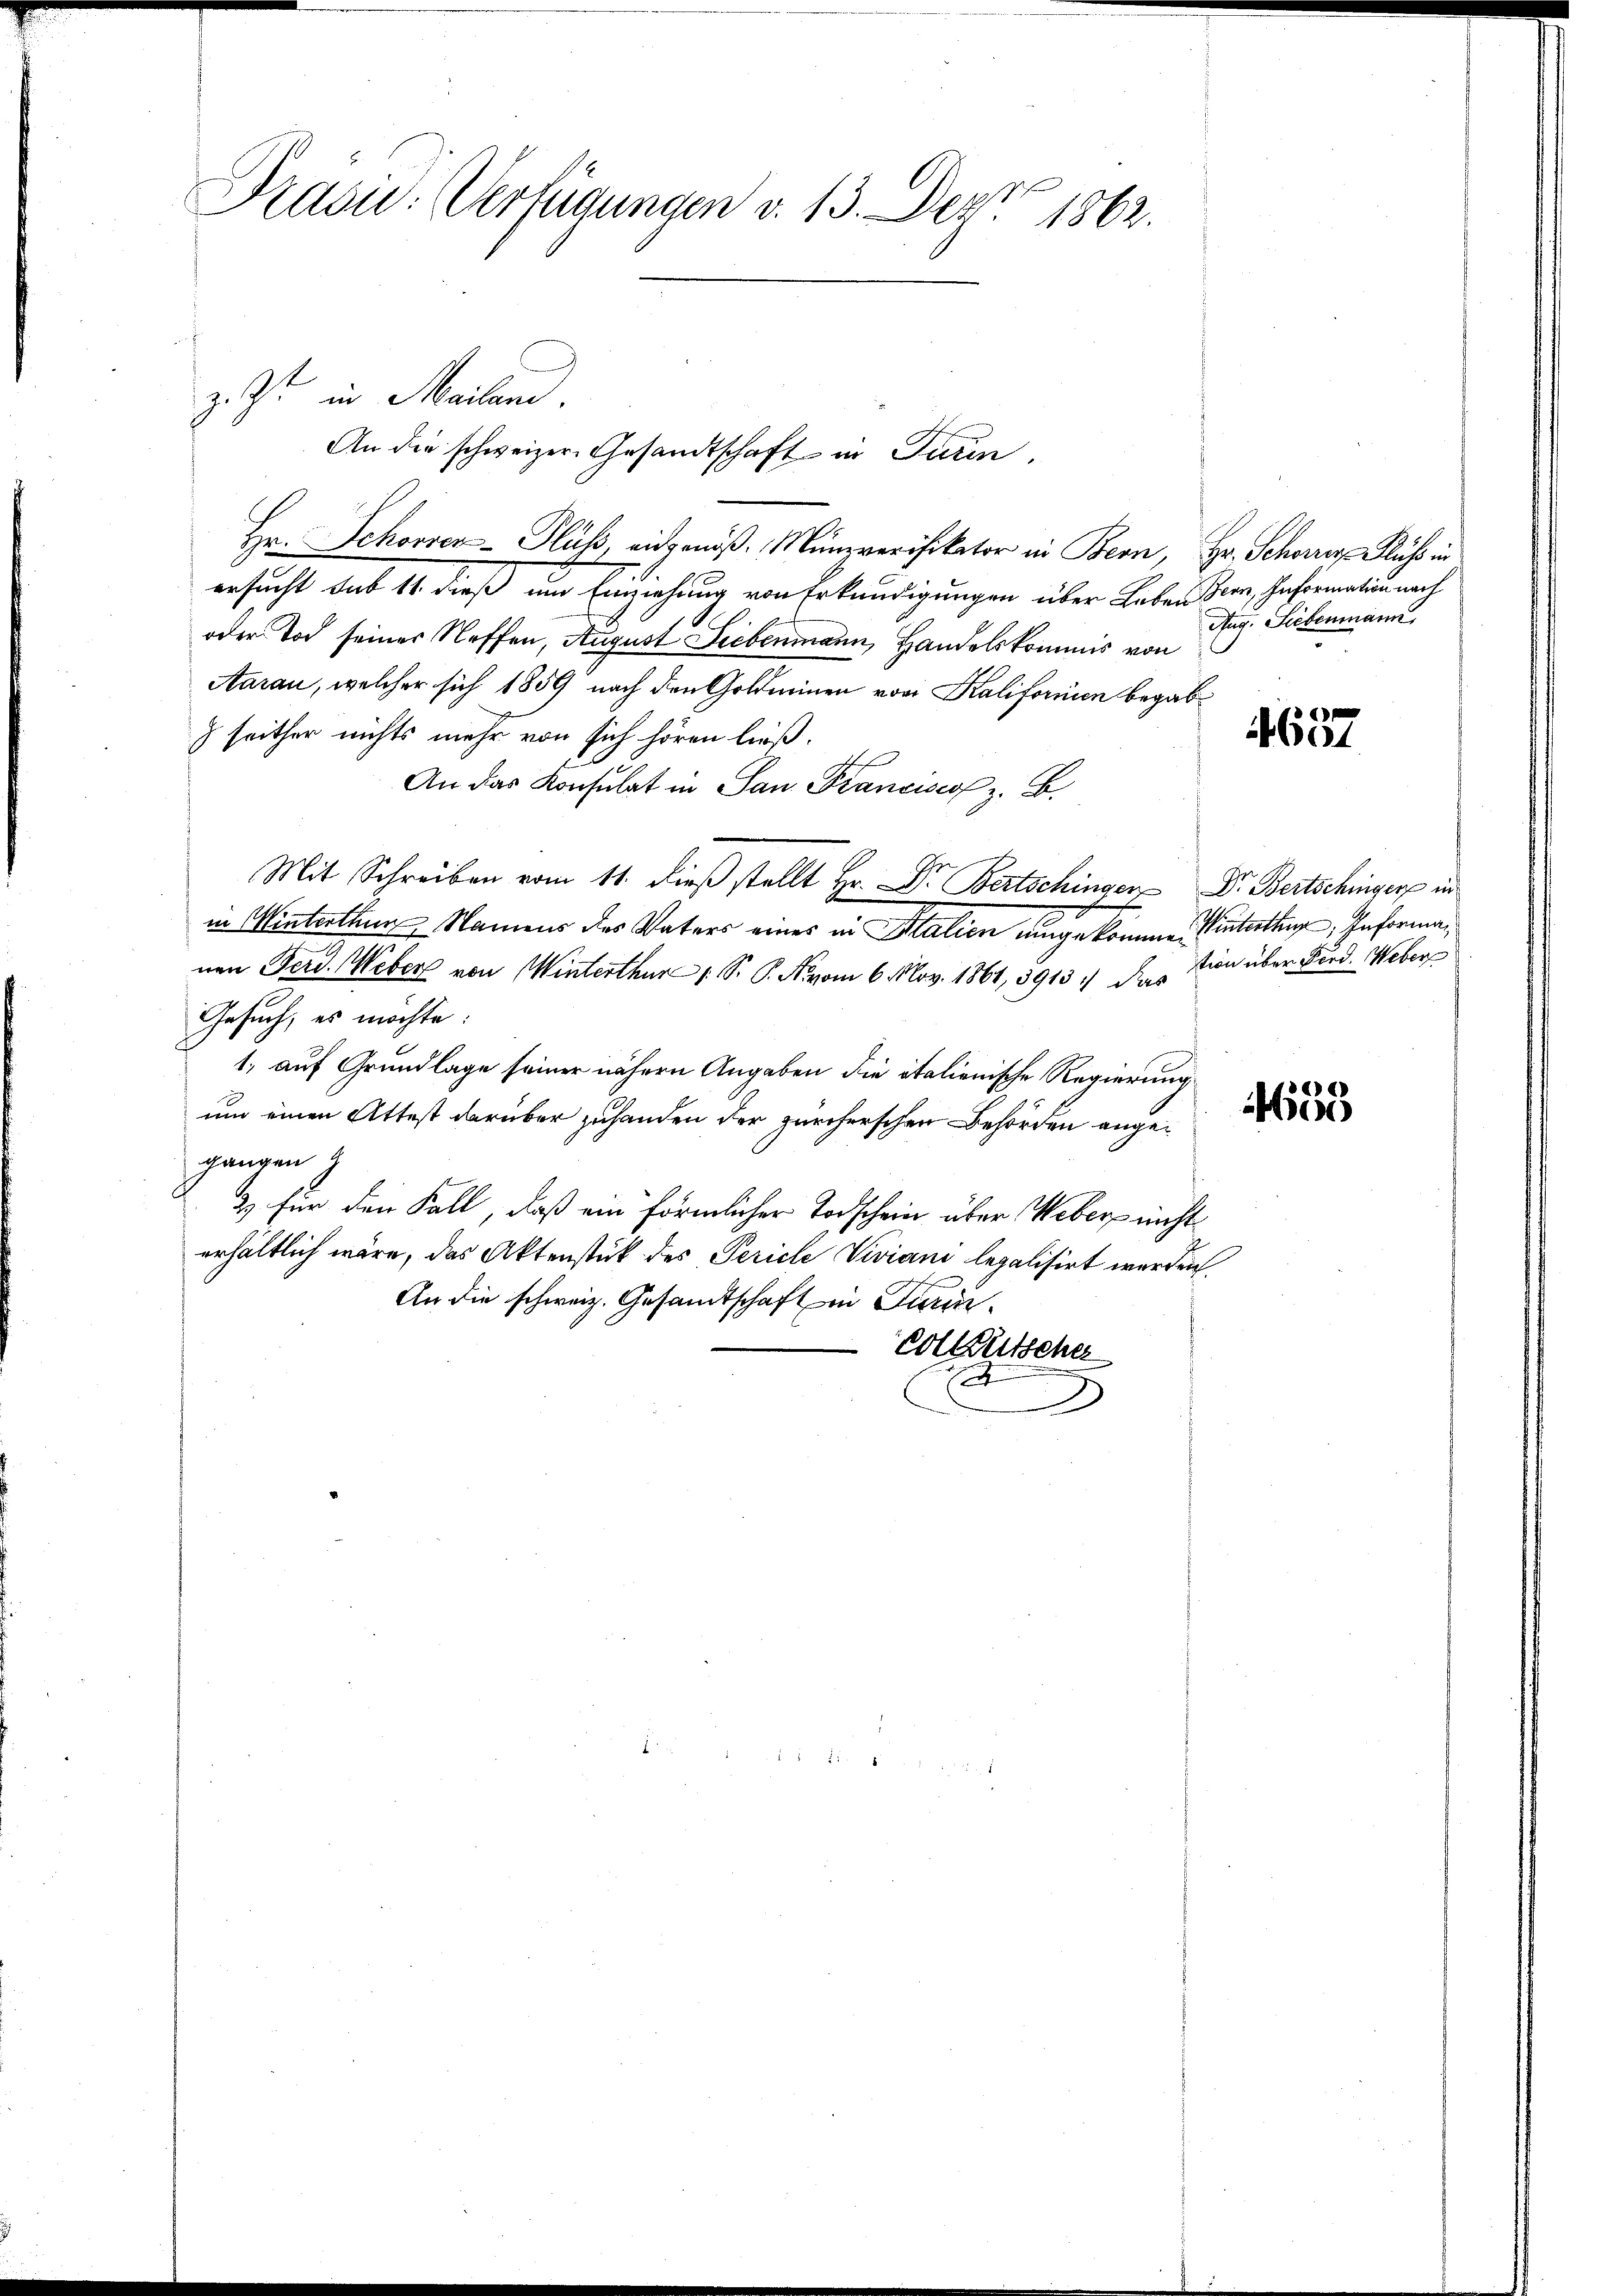
Präsid.: Verfügungen v. 13. Dez. 1862.

z. Ist in Mailan.
Hr. Schosser-Fluss, eidgenöß. Münzverifikator in Bern, Hr. Schönes Fluss in
ersucht sub 11 dieß um Einziehung von Erkundigungen über Leben Bern, Information nach
oder Tod seiner Neffen, August Liebenmann, Handelskommis von
Aarau, welcher sich 1859 nach den Goldminen von Kalifornien begabseither nichts mehr von sich hören ließ.
An das Konsulat in San Francisco z. B.
Mit Schreiben vom 11. dieβ stellt Hr. Dr. Bertschinger Dr. Bertschinger in
2
in Winterthur Namens des Vaters eines in Malien eingekomme. Winterthun; Informanen Ferd. Weber von Winterthur 1 S. P. Novom 6. Nov. 1861, 3913 :/ dies tion über Ford. Weber
Gesuch, es möchte:
1, auf Grundlage seiner nähern Angaben die italienische Regierung
um einen Attest darüber zuhanden der zürcherschen Behörden angegangen J
3) für den Fall, daß ein förmlicher Todschein über Weber nicht
erhältlich wäre, das Aktenstück des Periche Viviani legalisirt werden.
An die schweiz. Gesandtschaft in Turinvoltütscher
d
x

An die schweizer Gesandtschaft in Turin,

Aug. Siebenmann

4657

36)
00